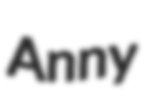
Anny